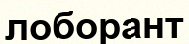
лоборант